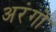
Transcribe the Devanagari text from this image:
अरंगो